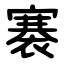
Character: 褰